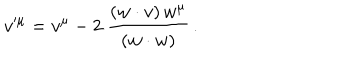
LaTeX: v ^ { \mu } = v ^ { \mu } - 2 \ \frac { ( w \cdot v ) \, w ^ { \mu } } { ( w \cdot w ) } \, .